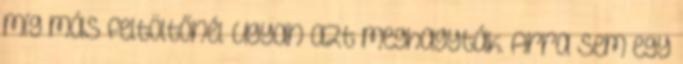
míg más feltöltőnél ugyan azt meghagyták. Arra sem egy